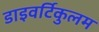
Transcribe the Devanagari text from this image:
डाइवर्टिकुलम